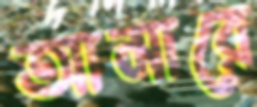
আমারে